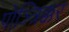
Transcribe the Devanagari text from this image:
पोञ्त्रिक्कर